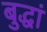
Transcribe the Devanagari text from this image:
बुद्धां